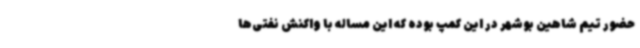
حضور تیم شاهین بوشهر در این کمپ بوده که این مساله با واکنش نفتی‌ها